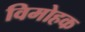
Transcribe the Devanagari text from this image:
विमोहक